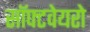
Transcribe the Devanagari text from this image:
सॉफ्टवेयरो